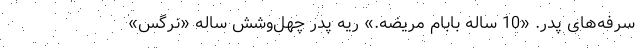
سرفه‌های پدر. «10 ساله بابام مریضه.» ریه‌ پدر چهل‌وشش ساله «نرگس»